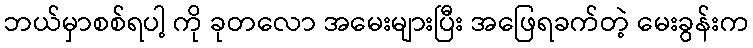
ဘယ်မှာစစ်ရပါ့ ကို ခုတလော အမေးများပြီး အဖြေရခက်တဲ့ မေးခွန်းက